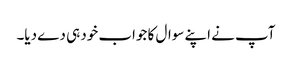
آپ نے اپنے سوال کا جواب خود ہی دے دیا۔